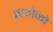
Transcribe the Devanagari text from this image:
ह्यगेनो